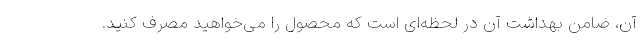
آن، ضامن بهداشت آن در لحظه‌ای است که محصول را می‌خواهید مصرف کنید.